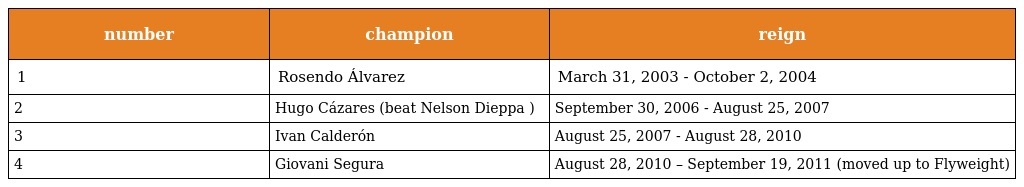
| number | champion | reign |
 | --- | --- | --- |
 | 1 | Rosendo Álvarez | March 31, 2003 - October 2, 2004 |
 | 2 | Hugo Cázares (beat Nelson Dieppa ) | September 30, 2006 - August 25, 2007 |
 | 3 | Ivan Calderón | August 25, 2007 - August 28, 2010 |
 | 4 | Giovani Segura | August 28, 2010 – September 19, 2011 (moved up to Flyweight) |